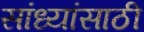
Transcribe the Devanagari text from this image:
सांध्यांसाठी